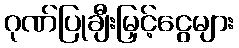
ဂုဏ်ပြုချီးမြှင့်ငွေများ